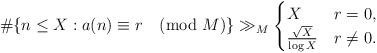
LaTeX: \begin{align*} \#\{ n\leq X : a(n)\equiv r \pmod{M} \} \gg_{M} \begin{cases}X &r=0,\\\frac{\sqrt{X}}{\log X} &r\neq 0.\end{cases}\end{align*}